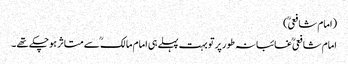
(امام شافعیؒ )
امام شافعیؒ غائبانہ طورپر تو بہت پہلے ہی امام مالکؒ سے متاثر ہوچکے تھے ۔